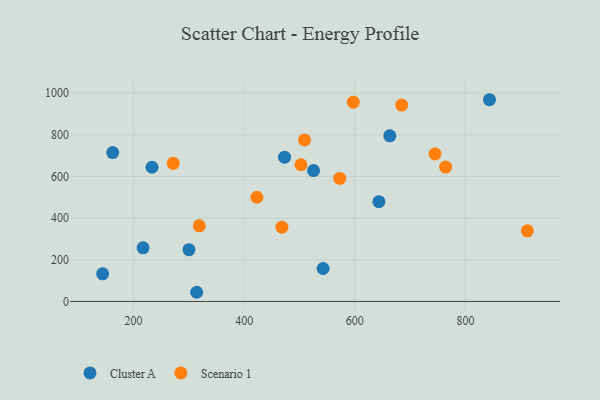
{"axis": {"x": "Investment", "y": "Yield"}, "legend": ["Cluster A", "Scenario 1"], "data": [{"x": "233.3", "y": 644.3, "type": "Cluster A"}, {"x": "162.2", "y": 714.8, "type": "Cluster A"}, {"x": "643.6", "y": 478.8, "type": "Cluster A"}, {"x": "843.6", "y": 968.3, "type": "Cluster A"}, {"x": "473.0", "y": 692.6, "type": "Cluster A"}, {"x": "525.4", "y": 628.3, "type": "Cluster A"}, {"x": "663.3", "y": 795.0, "type": "Cluster A"}, {"x": "542.7", "y": 158.3, "type": "Cluster A"}, {"x": "314.1", "y": 44.2, "type": "Cluster A"}, {"x": "300.1", "y": 248.5, "type": "Cluster A"}, {"x": "217.1", "y": 257.3, "type": "Cluster A"}, {"x": "144.0", "y": 132.6, "type": "Cluster A"}, {"x": "572.7", "y": 590.5, "type": "Scenario 1"}, {"x": "271.6", "y": 663.2, "type": "Scenario 1"}, {"x": "502.7", "y": 656.3, "type": "Scenario 1"}, {"x": "423.0", "y": 500.3, "type": "Scenario 1"}, {"x": "912.1", "y": 339.3, "type": "Scenario 1"}, {"x": "764.3", "y": 645.3, "type": "Scenario 1"}, {"x": "745.1", "y": 707.7, "type": "Scenario 1"}, {"x": "684.8", "y": 942.7, "type": "Scenario 1"}, {"x": "468.2", "y": 356.6, "type": "Scenario 1"}, {"x": "597.3", "y": 956.4, "type": "Scenario 1"}, {"x": "318.8", "y": 363.3, "type": "Scenario 1"}, {"x": "509.2", "y": 775.2, "type": "Scenario 1"}]}